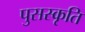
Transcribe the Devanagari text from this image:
पुसस्कृति